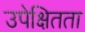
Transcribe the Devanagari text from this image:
उपेक्षितता